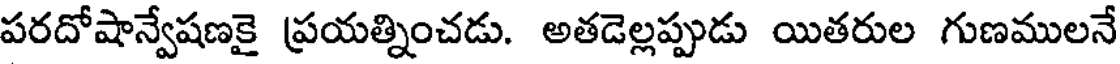
పరదోషాన్వేషణకై ప్రయత్నించడు. అతడెల్లప్పుడు యితరుల గుణములనే